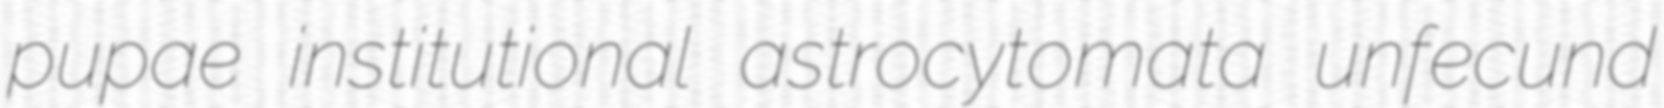
pupae institutional astrocytomata unfecund